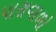
પારાવાળો